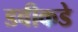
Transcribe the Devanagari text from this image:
डवीकडे